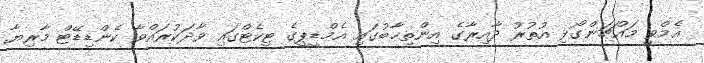
އެމްވީ މައްޗަންގޯޅި އުތުރު ދާއިރާގެ އިންތިޚާބުގައި އެމްޑީޕީގެ ޓިކެޓްގައި ވާދަކުރައްވާ ކެންޑިޑޭޓް މާރިޔާ